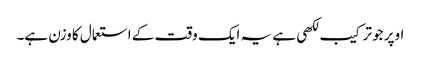
اوپر جو ترکیب لکھی ہے یہ ایک وقت کے استعمال کا وزن ہے۔